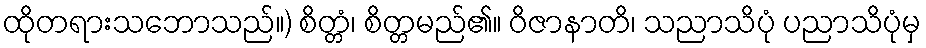
ထိုတရားသဘောသည်။) စိတ္တံ၊ စိတ္တမည်၏။ ဝိဇာနာတိ၊ သညာသိပုံ ပညာသိပုံမှ